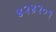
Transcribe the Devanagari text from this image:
४२४२०१